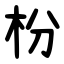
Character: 枌